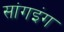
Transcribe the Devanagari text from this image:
सांगइंग